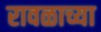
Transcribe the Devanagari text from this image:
रावळाच्या